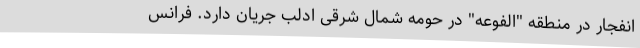
انفجار در منطقه "الفوعه" در حومه شمال شرقی ادلب جریان دارد. فرانس